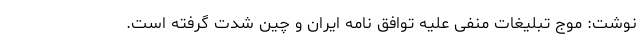
نوشت: موج تبلیغات منفی علیه توافق‌ نامه ایران و چین شدت گرفته است.